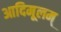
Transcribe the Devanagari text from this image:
आदिमूलम्